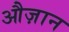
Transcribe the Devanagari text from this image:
औज़ान